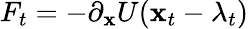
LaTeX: F_{t}=-\partial_{\mathbf{x}}U(\mathbf{x}_{t}-\lambda_{t})